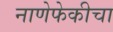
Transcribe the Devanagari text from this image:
नाणेफेकीचा